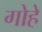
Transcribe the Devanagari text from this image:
गोहे